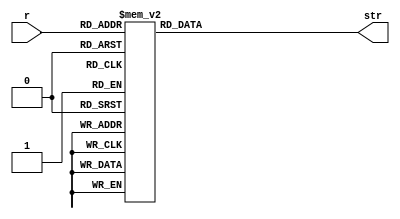
module reg_decoder (
	output reg [23:0] str,
	input [4:0] r
);
	always @ (*) begin
		case (r)
			0 : str = " x0";
			1 : str = " ra";
			2 : str = " s0";
			3 : str = " s1";
			4 : str = " s2";
			5 : str = " s3";
			6 : str = " s4";
			7 : str = " s5";
			8 : str = " s6";
			9 : str = " s7";
			10: str = " s8";
			11: str = " s9";
			12: str = "s10";
			13: str = "s11";
			14: str = " sp";
			15: str = " tp";
			16: str = " v0";
			17: str = " v1";
			18: str = " a0";
			19: str = " a1";
			20: str = " a2";
			21: str = " a3";
			22: str = " a4";
			23: str = " a5";
			24: str = " a6";
			25: str = " a7";
			26: str = " a8";
			27: str = " a9";
			28: str = "a10";
			29: str = "a11";
			30: str = "a12";
			31: str = "a13";
			default: str = "???";
		endcase
	end
endmodule